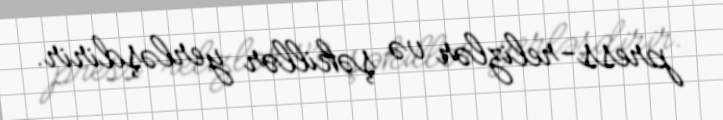
press-relizlər və şəkillər yerləşdirir.